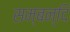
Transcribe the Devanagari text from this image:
सम्बन्दि